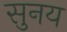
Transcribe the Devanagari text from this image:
सुनय